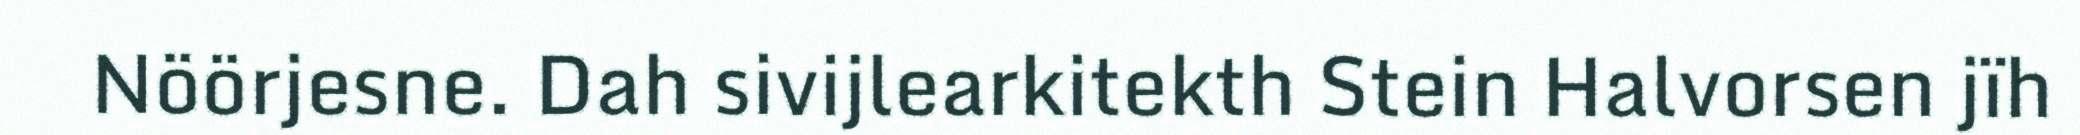
Nöörjesne. Dah sivijlearkitekth Stein Halvorsen jïh